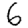
Digit: 6